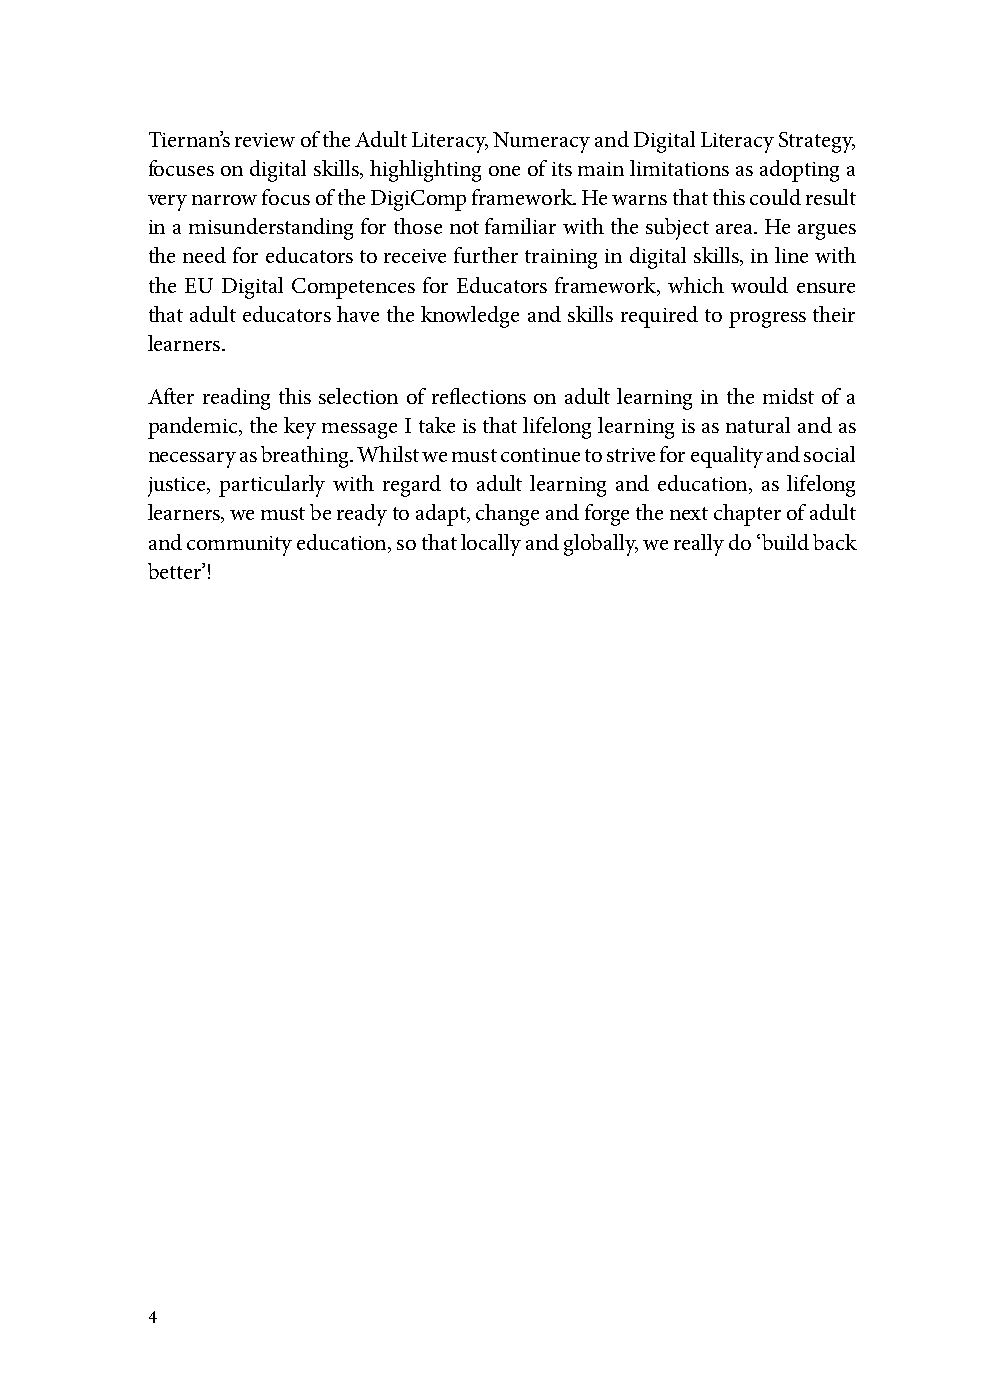
Tiernan’s review of the Adult Literacy, Numeracy and Digital Literacy Strategy,
 focuses on digital skills, highlighting one of its main limitations as adopting a
 very narrow focus of the DigiComp framework. He warns that this could result
 in a misunderstanding for those not familiar with the subject area. He argues
 the need for educators to receive further training in digital skills, in line with
 the EU Digital Competences for Educators framework, which would ensure
 that adult educators have the knowledge and skills required to progress their
 learners.
 After reading this selection of reflections on adult learning in the midst of a
 pandemic, the key message I take is that lifelong learning is as natural and as
 necessary as breathing. Whilst we must continue to strive for equality and social
 justice, particularly with regard to adult learning and education, as lifelong
 learners, we must be ready to adapt, change and forge the next chapter of adult
 and community education, so that locally and globally, we really do ‘build back
 better’!
 4